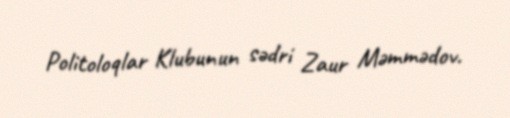
Politoloqlar Klubunun sədri Zaur Məmmədov.